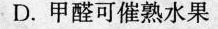
D.甲醛可催熟水果